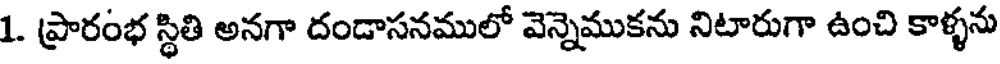
1. ప్రారంభ స్థితి అనగా దండాసనములో వెన్నెముకను నిటారుగా ఉంచి కాళ్ళను